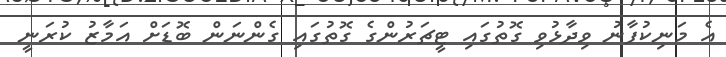
އެ މަނިކުފާނު ވިދާޅުވި ގޮތުގައި ޓީޗަރުންގެ ގޮތުގައި ގެންނަން ބޮޑަށް އަމާޒު ކުރަނީ